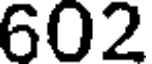
602